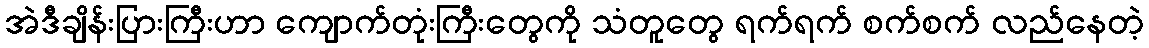
အဲဒီချိန်းပြားကြီးဟာ ကျောက်တုံးကြီးတွေကို သံတူတွေ ရက်ရက် စက်စက် လည်နေတဲ့